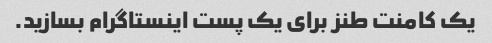
یک کامنت طنز برای یک پست اینستاگرام بسازید.